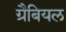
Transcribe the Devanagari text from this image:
ग्रैबियल